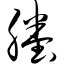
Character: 塍